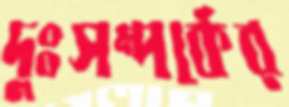
দুঃসম্পর্কের